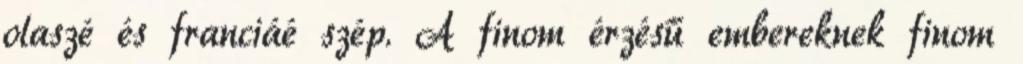
olaszé és franciáé szép. A finom érzésű embereknek finom